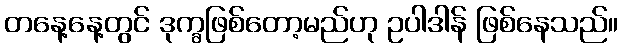
တနေ့နေ့တွင် ဒုက္ခဖြစ်တော့မည်ဟု ဥပါဒါန် ဖြစ်နေသည်။